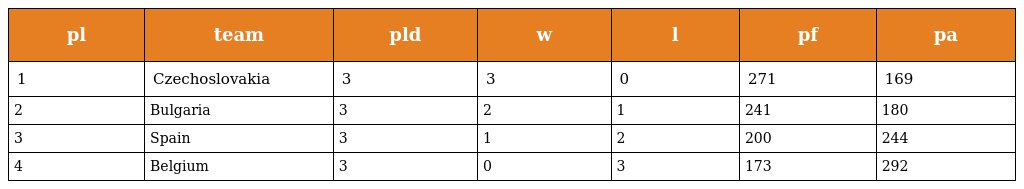
| pl | team | pld | w | l | pf | pa |
 | --- | --- | --- | --- | --- | --- | --- |
 | 1 | Czechoslovakia | 3 | 3 | 0 | 271 | 169 |
 | 2 | Bulgaria | 3 | 2 | 1 | 241 | 180 |
 | 3 | Spain | 3 | 1 | 2 | 200 | 244 |
 | 4 | Belgium | 3 | 0 | 3 | 173 | 292 |